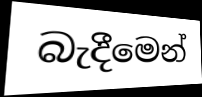
බැදීමෙන්